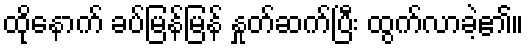
ထိုနောက် ခပ်မြန်မြန် နှုတ်ဆက်ပြီး ထွက်လာခဲ့၏။